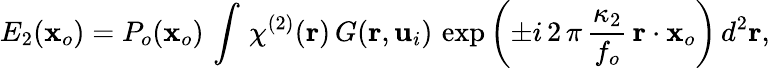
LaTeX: E_{2}(\mathbf{x}_{o})=P_{o}(\mathbf{x}_{o})\, \int\, \chi^{(2)}(\mathbf{r})\, G(\mathbf{r},\mathbf{u}_{i})\, \exp\left(\pm i\, 2\, \pi\, \frac{\kappa_{2}}{f_{o}}\, \mathbf{r}\cdot\mathbf{x}_{o}\right)\, d^{2}\mathbf{r},